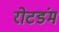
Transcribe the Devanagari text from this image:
रोटडंम